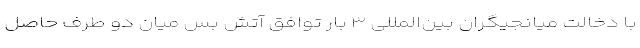
با دخالت میانجیگران بین‌المللی ۳ بار توافق آتش بس میان دو طرف حاصل